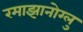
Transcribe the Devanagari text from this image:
रमाझानोग्लु